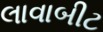
લાવાબીટ